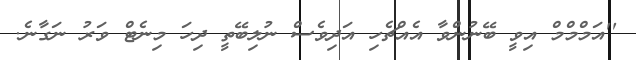
''އަމްމްމް އިވީ ބޭނުންވާ އެއްޗެހި އަދިވެސް ނުލިބޭތީ ދިހަ މިނެޓް ވަރު ނަގާނެ.